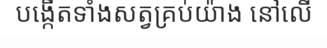
បង្កើតទាំងសត្វគ្រប់យ៉ាង នៅលើ